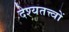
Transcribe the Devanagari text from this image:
देश्यतत्त्वों